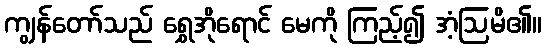
ကျွန်တော်သည် ရွှေအိုရောင် မေကို ကြည့်၍ အံ့ဩမိ၏။